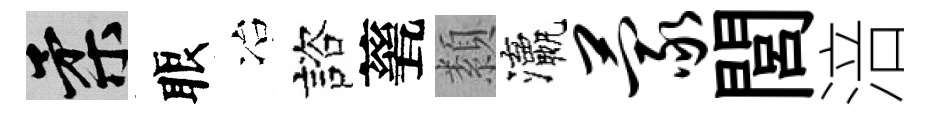
柔眼冶諮甆纇瀛蒙閭涪